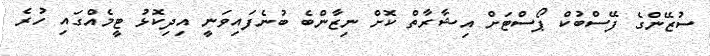
ސުޒޭންގެ ފޭސްބުކް ޕޯސްޓަށް އިޝާރާތް ކޮށް ނިޒާންބެ ބުނެފައިވަނީ އިދިކޮޅު ޓީމެއްގައި ހުރެ